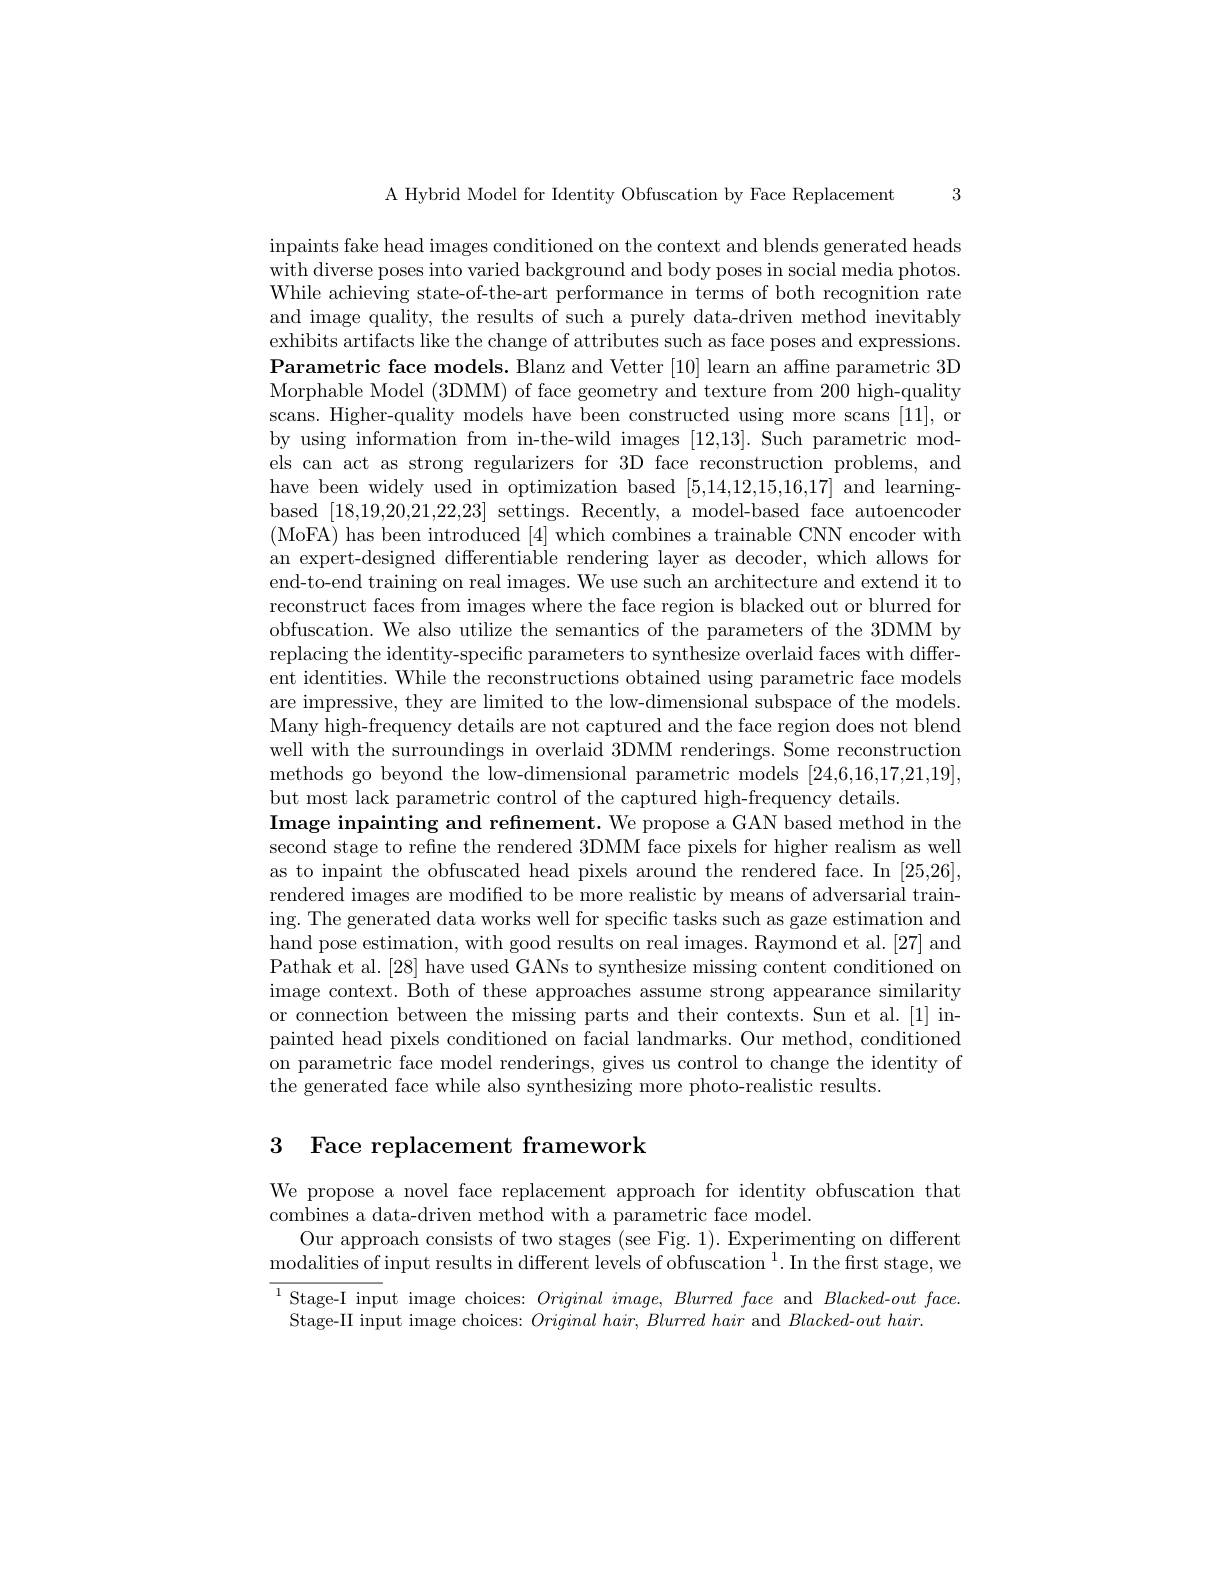
3

A Hybrid Model for Identity Obfuscation by Face Replacement

inpaints fake head images conditioned on the context and blends generated heads with diverse poses into varied background and body poses in social media photos. While achieving state-of-the-art performance in terms of both recognition rate and image quality, the results of such a purely data-driven method inevitably exhibits artifacts like the change of attributes such as face poses and expressions. $\textbf{Parametric face models. Blanz and Vetter [ 10] learn an affne parametric 3D}$ Morphable Model (3DMM) of face geometry and texture from 200 high-quality scans. Higher-quality models have been constructed using more scans [11], or by using information from in-the-wild images [12,13]. Such parametric models can act as strong regularizers for 3D face reconstruction problems, and have been widely used in optimization based [5,14,12,15,16,17] and learningbased [18,19,20,21,22,23] settings. Recently, a model-based face autoencoder (MoFA) has been introduced [4] which combines a trainable CNN encoder with an expert-designed differentiable rendering layer as decoder, which allows for end-to-end training on real images. We use such an architecture and extend it to reconstruct faces from images where the face region is blacked out or blurred for obfuscation. We also utilize the semantics of the parameters of the 3DMM by replacing the identity-specific parameters to synthesize overlaid faces with different identities. While the reconstructions obtained using parametric face models are impressive, they are limited to the low-dimensional subspace of the models. Many high-frequency details are not captured and the face region does not blend well with the surroundings in overlaid 3DMM renderings. Some reconstruction methods go beyond the low-dimensional parametric models [24,6,16,17,21,19], but most lack parametric control of the captured high-frequency details.
Image inpainting and refinement. We propose a GAN based method in the second stage to refine the rendered 3DMM face pixels for higher realism as well as to inpaint the obfuscated head pixels around the rendered face. In [25,26], rendered images are modified to be more realistic by means of adversarial training. The generated data works well for specific tasks such as gaze estimation and hand pose estimation, with good results on real images. Raymond et al. [27] and Pathak et al. [28] have used GANs to synthesize missing content conditioned on image context. Both of these approaches assume strong appearance similarity or connection between the missing parts and their contexts. Sun et al.[1] inpainted head pixels conditioned on facial landmarks. Our method, conditioned on parametric face model renderings, gives us control to change the identity of the generated face while also synthesizing more photo-realistic results.

3 Face replacement framework

We propose a novel face replacement approach for identity obfuscation that
combines a data-driven method with a parametric face model.
Our approach consists of two stages (see Fig. 1). Experimenting on different $\mathrm{modalities~of~input~results~in~different~levels~of~obfuscation~}^{1}.$In the first stage, we

$\overline{^1\text{Stage-I inp}}$ut image choices: Original $image,Blurred$ face and $Blacked-out$ $face.$
Stage-II input image choices: $Original\textit{ hair,  Blurred hair and }Blacked- outhair.$